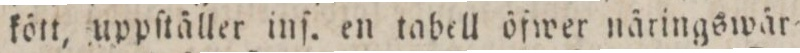
kött, uppſtäller inſ. en tabell öfwer näringswär=